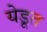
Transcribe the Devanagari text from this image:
येडूत